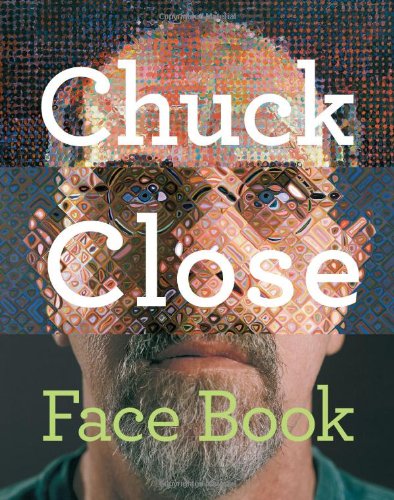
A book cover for Chuck Close: Face Book; Chuck Close; Children's Books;